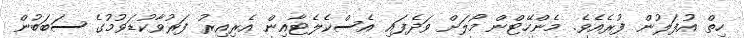
ހިތް އުފަލުން ފުރެއެވެ. މެންހޭޓްން މޯލަށް ވަދެފައި އެސްކެލެޓާއިން އެރިއިރު ފަރުވާކުޑަވުމުގެ ސަބަބުން